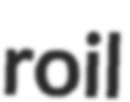
roil